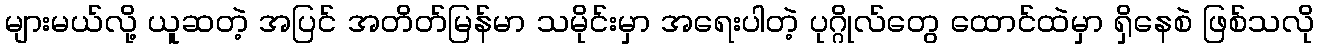
များမယ်လို့ ယူဆတဲ့ အပြင် အတိတ်မြန်မာ သမိုင်းမှာ အရေးပါတဲ့ ပုဂ္ဂိုလ်တွေ ထောင်ထဲမှာ ရှိနေစဲ ဖြစ်သလို